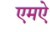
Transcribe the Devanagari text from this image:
एमऐ